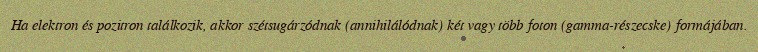
Ha elektron és pozitron találkozik, akkor szétsugárzódnak (annihilálódnak) két vagy több foton (gamma-részecske) formájában.